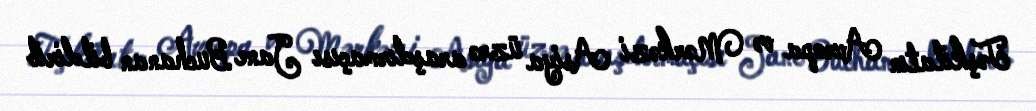
Təşkilatın Avropa və Mərkəzi Asiya üzrə araşdırmaçısı Jane Buchanan bildirib